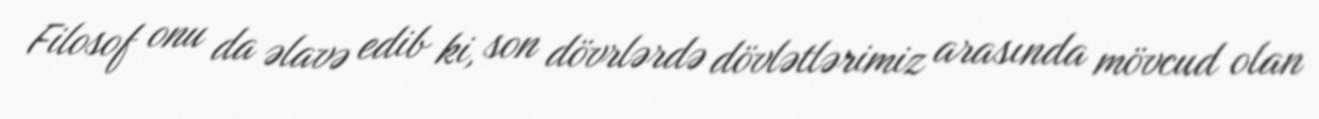
Filosof onu da əlavə edib ki, son dövrlərdə dövlətlərimiz arasında mövcud olan